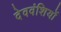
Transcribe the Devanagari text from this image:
देववंशियों